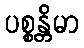
ပစ္စန္တိမာ